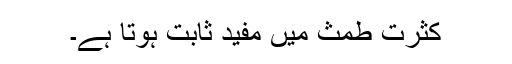
کثرت طمث میں مفید ثابت ہوتا ہے۔